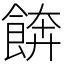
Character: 餴